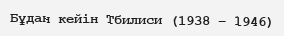
Бұдан кейін Тбилиси (1938 – 1946)